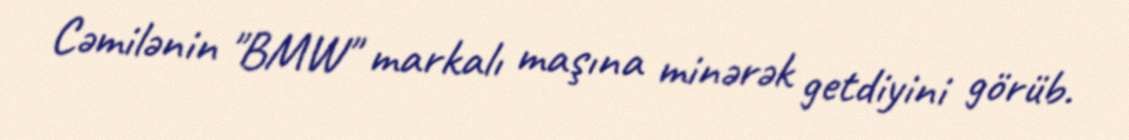
Cəmilənin "BMW" markalı maşına minərək getdiyini görüb.